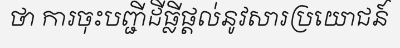
ថា ការចុះបញ្ជីដីធ្លីផ្តល់នូវសារប្រយោជន៍